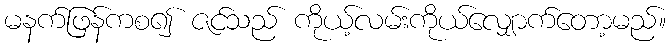
မနက်ဖြန်ကစ၍ ဇင်သည် ကိုယ့်လမ်းကိုယ်လျှောက်တော့မည်။